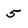
Character: 5